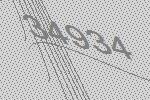
34934